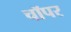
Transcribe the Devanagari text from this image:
चॉपर